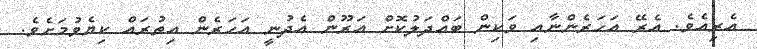
އެރިއެވެ. އެރޭ އަހަރެންނާއި ވަކިން ބައްދަލުކޮށް އަރޫން އެދުނީ އަހަރެން އިތުރައް ކިޔެވުމަށެވެ.